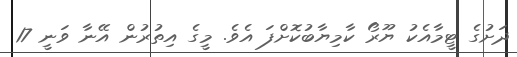
ދަށުގެ ޓީމާއެކު ޔޫރޯ ކާމިޔާބުކޮށްފަ އެވެ. މީގެ އިތުރުން އޭނާ ވަނީ 17